Senior Leaving Certificate Examination (including Day School Certificate (Higher) General paper), 1950
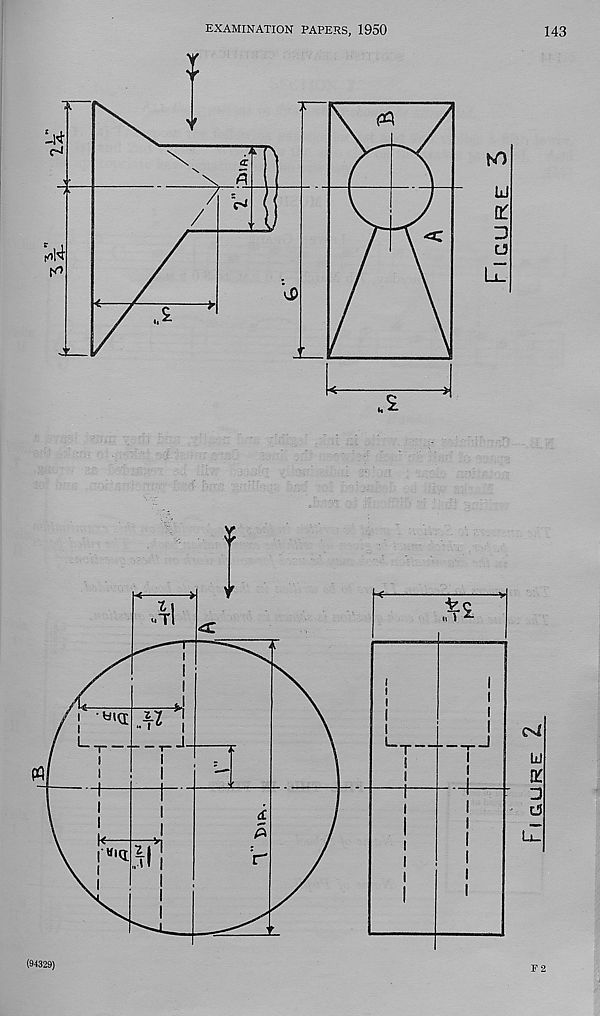
EXAMINATION PAPERS, 1950
V
&
TT\
H
\ H
71
/
‘M
NO
hi
\r
D
tj
'■Ti
wiq;
L
! T
«iq;
r
oi
LI
K
3
d
lZ
143